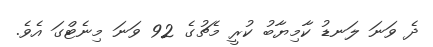
ދެ ވަނަ ލަނޑު ކާމިޔާބު ކުރީ މެޗުގެ 92 ވަނަ މިނެޓްގަ އެވެ.